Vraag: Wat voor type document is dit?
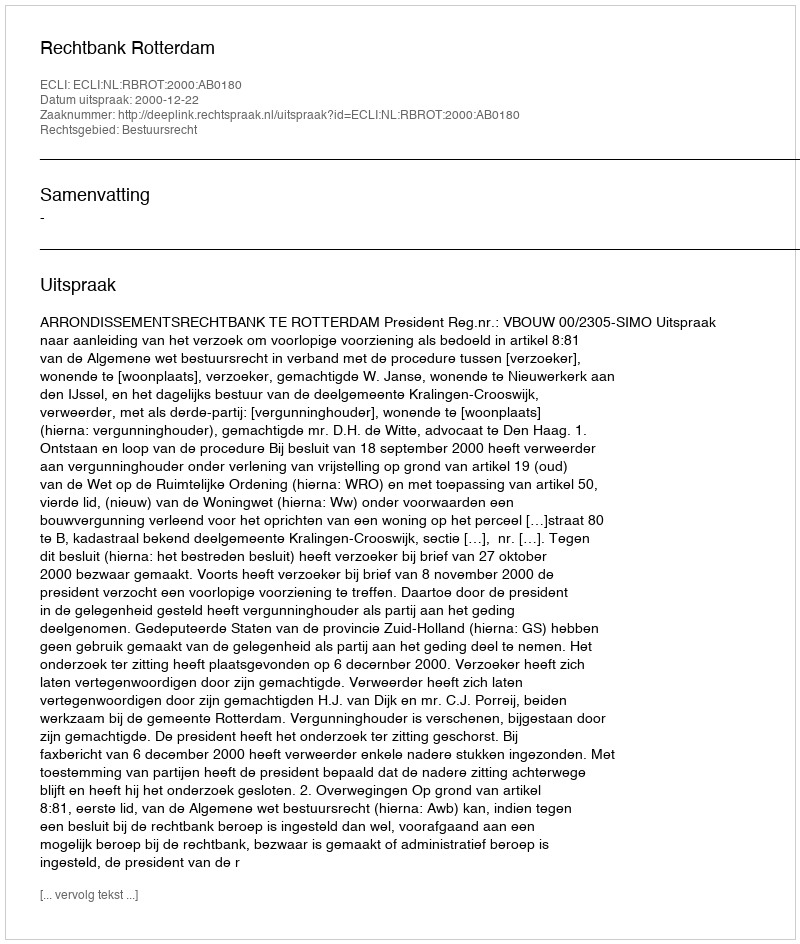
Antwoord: Uitspraak